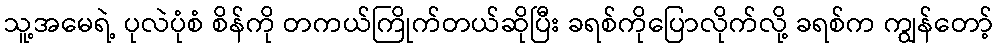
သူ့အမေရဲ့ ပုလဲပုံစံ စိန်ကို တကယ်ကြိုက်တယ်ဆိုပြီး ခရစ်ကိုပြောလိုက်လို့ ခရစ်က ကျွန်တော့်